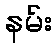
နမ်း